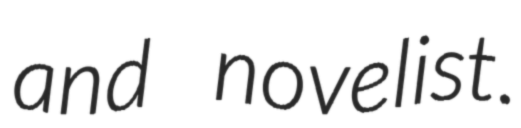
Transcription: and novelist.